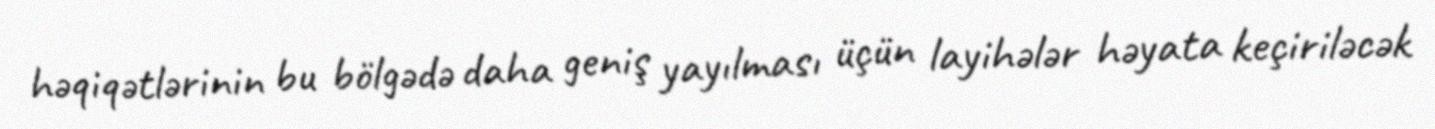
həqiqətlərinin bu bölgədə daha geniş yayılması üçün layihələr həyata keçiriləcək